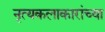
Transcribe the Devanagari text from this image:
नृत्यकलाकारांच्या